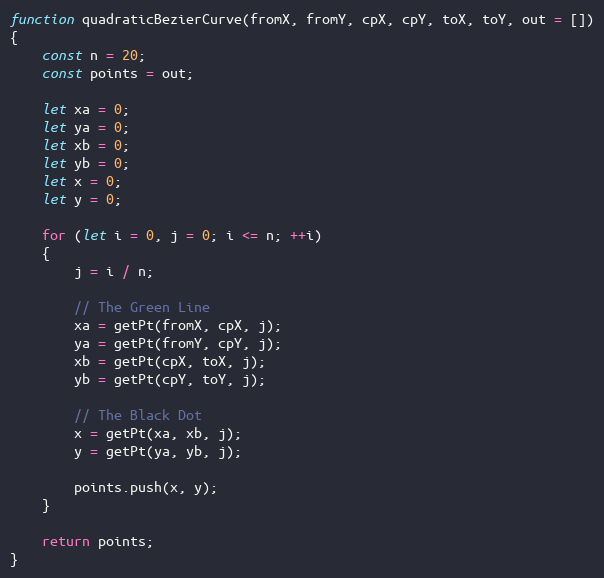
Language: JavaScript
function quadraticBezierCurve(fromX, fromY, cpX, cpY, toX, toY, out = [])
{
    const n = 20;
    const points = out;

    let xa = 0;
    let ya = 0;
    let xb = 0;
    let yb = 0;
    let x = 0;
    let y = 0;

    for (let i = 0, j = 0; i <= n; ++i)
    {
        j = i / n;

        // The Green Line
        xa = getPt(fromX, cpX, j);
        ya = getPt(fromY, cpY, j);
        xb = getPt(cpX, toX, j);
        yb = getPt(cpY, toY, j);

        // The Black Dot
        x = getPt(xa, xb, j);
        y = getPt(ya, yb, j);

        points.push(x, y);
    }

    return points;
}